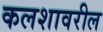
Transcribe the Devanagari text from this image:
कलशावरील